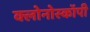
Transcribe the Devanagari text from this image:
क्लोनोस्कॉपी